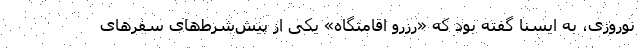
نوروزی، به ایسنا گفته بود که «رزرو اقامتگاه» یکی از پیش‌شرط‌های سفرهای